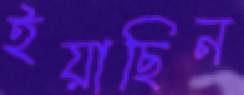
ইয়াছিন